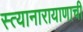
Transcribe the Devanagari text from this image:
स्त्यानारायाणाची